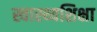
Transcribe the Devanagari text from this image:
स्वास्थ्यशिक्षा